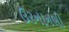
ઉરનાનભી